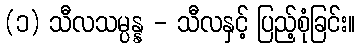
(၁) သီလသမ္ပန္န - သီလနှင့် ပြည့်စုံခြင်း။